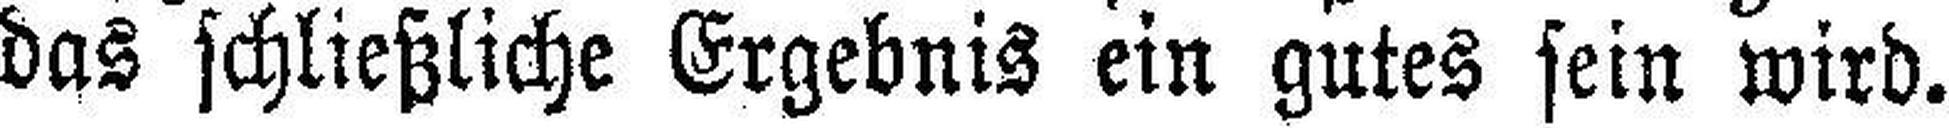
das schließliche Ergebnis ein gutes sein wird.